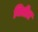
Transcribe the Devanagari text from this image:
मितीत